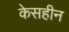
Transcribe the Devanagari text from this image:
केसहीन